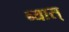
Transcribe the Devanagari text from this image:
ब्यास्